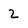
Character: 2